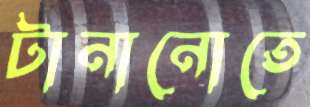
টানানোতে